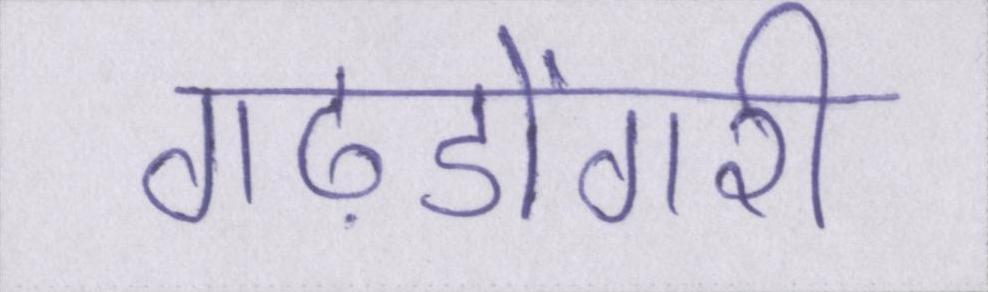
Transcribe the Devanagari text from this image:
गढ़डोंगरी